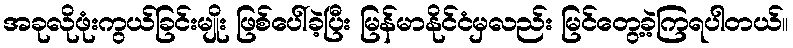
အခုလိုဖုံးကွယ်ခြင်းမျိုး ဖြစ်ပေါ်ခဲ့ပြီး မြန်မာနိုင်ငံမှလည်း မြင်တွေ့ခဲ့ကြရပါတယ်။